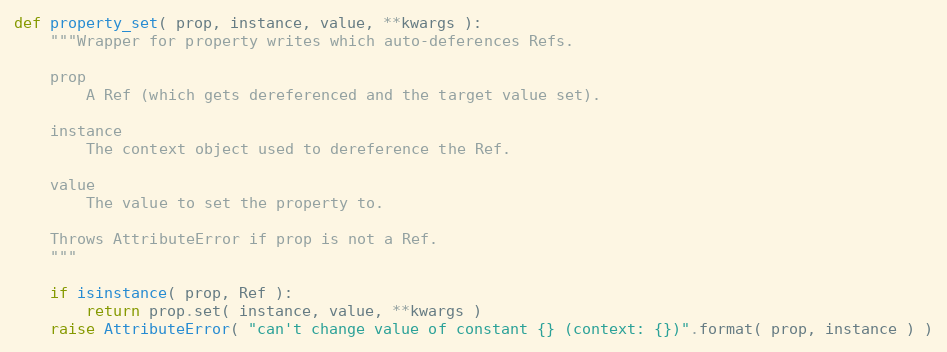
Language: Python
def property_set( prop, instance, value, **kwargs ):
    """Wrapper for property writes which auto-deferences Refs.

    prop
        A Ref (which gets dereferenced and the target value set).

    instance
        The context object used to dereference the Ref.

    value
        The value to set the property to.

    Throws AttributeError if prop is not a Ref.
    """

    if isinstance( prop, Ref ):
        return prop.set( instance, value, **kwargs )
    raise AttributeError( "can't change value of constant {} (context: {})".format( prop, instance ) )